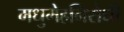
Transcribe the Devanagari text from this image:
मधुमेहनिरोधी